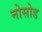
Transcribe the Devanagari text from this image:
नोसोड